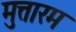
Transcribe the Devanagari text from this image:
मुत्तारम